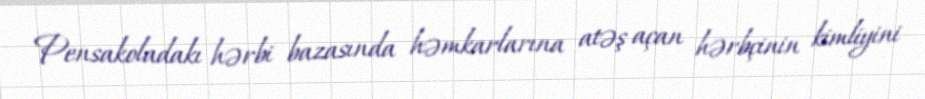
Pensakoladakı hərbi bazasında həmkarlarına atəş açan hərbçinin kimliyini